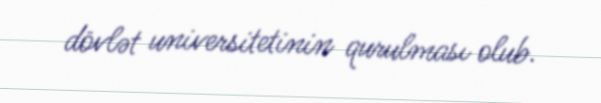
dövlət universitetinin qurulması olub.